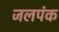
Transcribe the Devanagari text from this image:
जलपंक